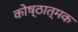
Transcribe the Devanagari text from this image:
कोष्ठात्मक